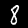
Label: 8